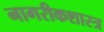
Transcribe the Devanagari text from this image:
नागरीकशास्त्र